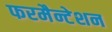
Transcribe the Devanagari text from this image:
फरमैन्टेशन